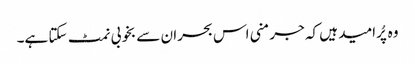
وہ پُرامید ہیں کہ جرمنی اس بحران سے بخوبی نمٹ سکتا ہے۔